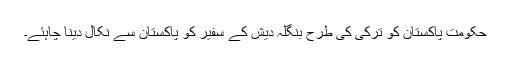
حکومت پاکستان کو ترکی کی طرح بنگلہ دیش کے سفیر کو پاکستان سے نکال دینا چاہئے۔